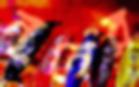
নূনের